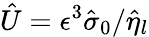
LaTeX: \hat{U}=\epsilon^{3}\hat{\sigma}_{0}/\hat{\eta}_{l}